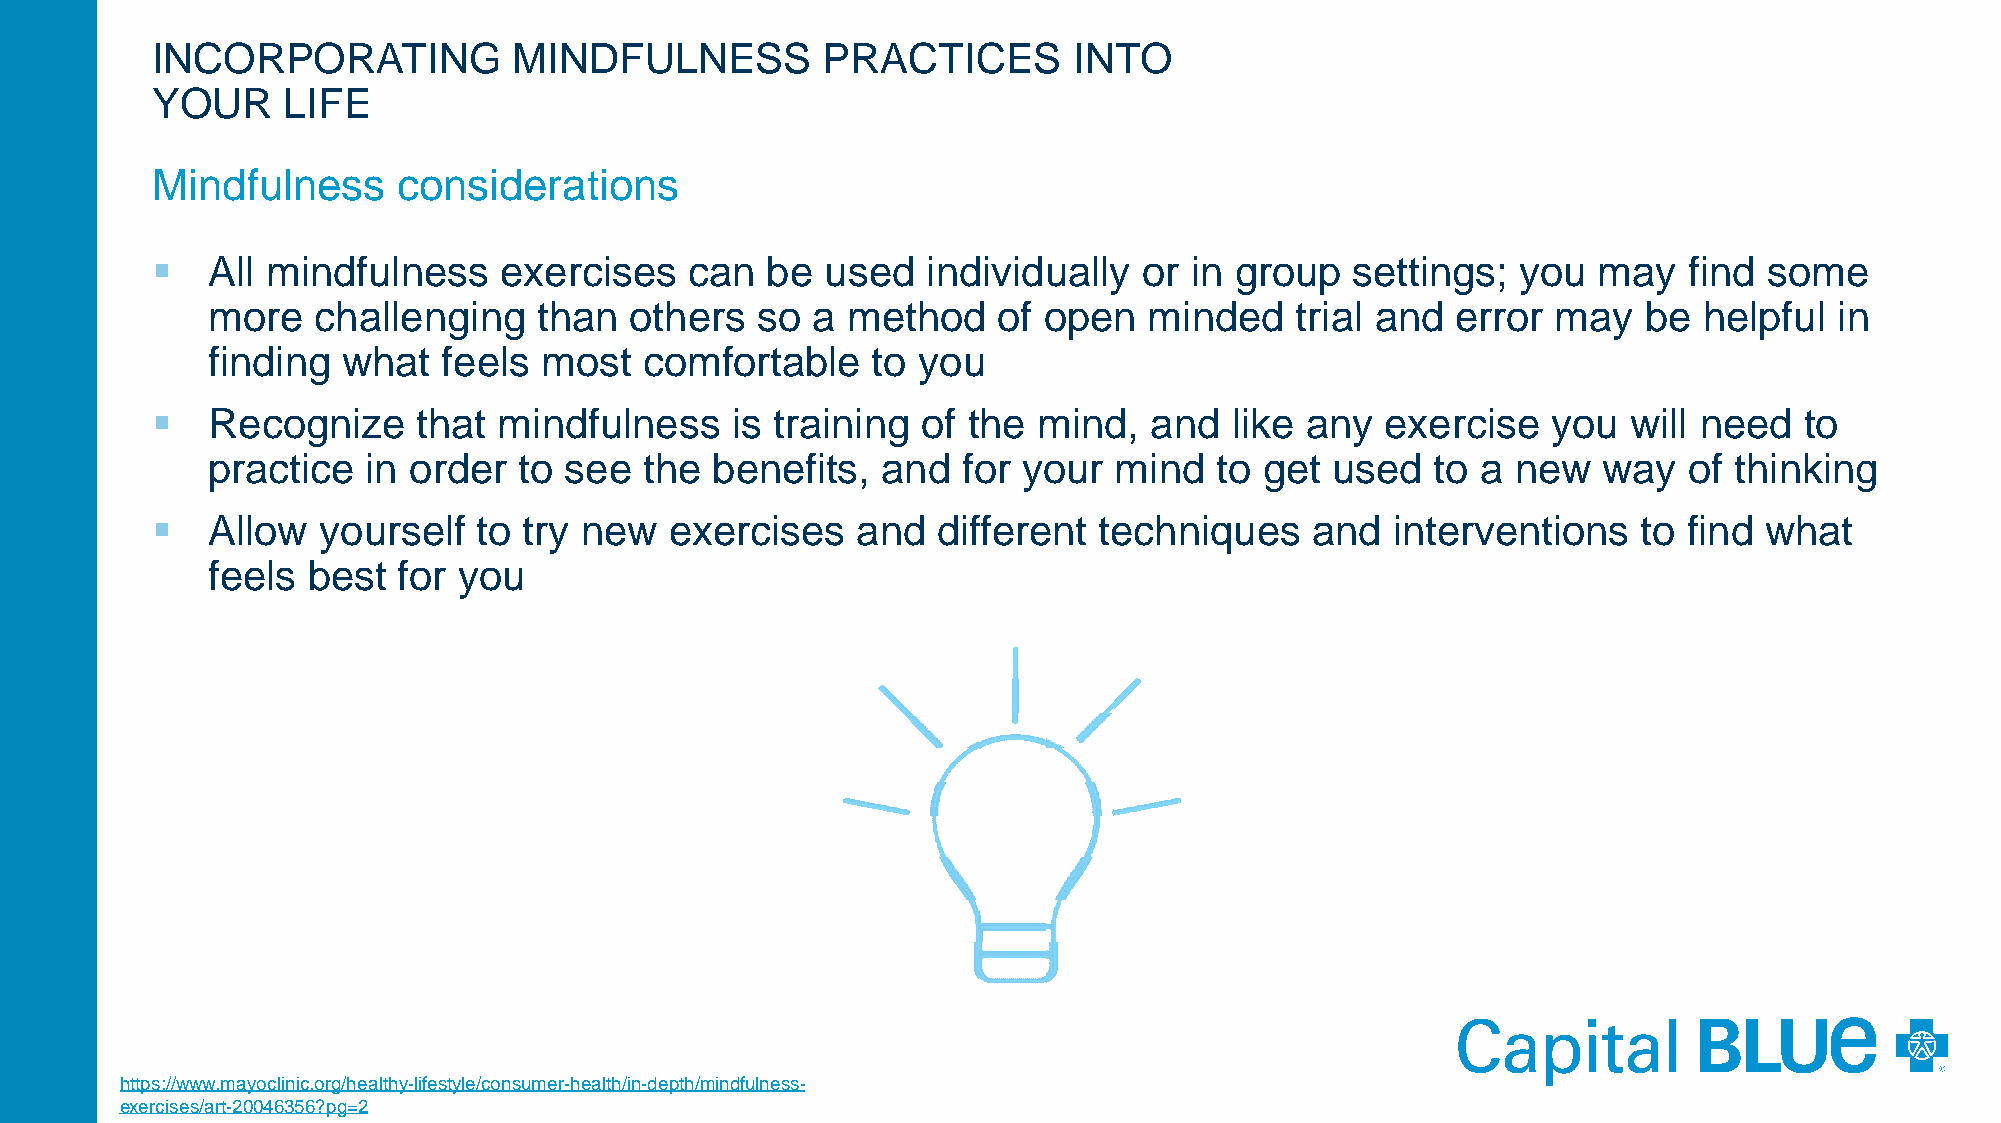
INCORPORATING           MINDFULNESS         PRACTICES        INTO
 YOUR     LIFE
 Mindfulness     considerations
    All mindfulness    exercises    can  be  used  individually   or in group   settings;  you  may   find some
 more   challenging    than  others  so  a method    of open   minded    trial and error  may   be  helpful  in
 finding  what  feels  most   comfortable    to you
    Recognize     that mindfulness    is training  of the  mind,  and  like any   exercise   you  will need  to
 practice  in order  to see   the benefits,  and   for your  mind  to  get used   to a new   way   of thinking
    Allow  yourself   to try new  exercises    and  different  techniques    and  interventions    to find what
 feels best  for you
 https://www.mayoclinic.org/healthy-lifestyle/consumer-health/in-depth/mindfulness-
 exercises/art-20046356?pg=2